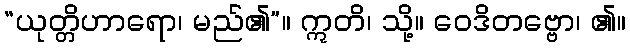
“ယုတ္တိဟာရော၊ မည်၏”။ ဣတိ၊ သို့။ ဝေဒိတဗ္ဗော၊ ၏။